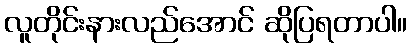
လူတိုင်းနားလည်အောင် ဆိုပြရတာပါ။